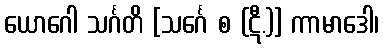
ယောဂေါ သင်္ဂတိ [သင်္ဂေ စ (ဋီ.)] ကာမာဒေါ၊